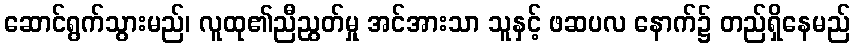
ဆောင်ရွက်သွားမည်၊ လူထု၏ညီညွတ်မှု အင်အားသာ သူနှင့် ဖဆပလ နောက်၌ တည်ရှိနေမည်